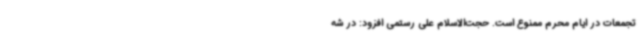
تجمعات در ایام محرم ممنوع است. حجت‌الاسلام علی رستمی افزود: در شه